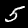
Label: 5